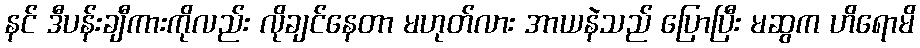
နင် ဒီပန်းချီကားကိုလည်း လိုချင်နေတာ မဟုတ်လား အာယနဲသည် ပြောပြီး မဆွက ဟိရောမိ